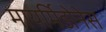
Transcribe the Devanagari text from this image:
मायर्मिडोनेस